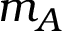
m _ { A }